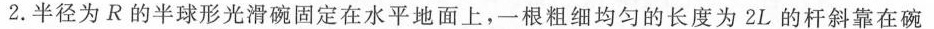
2.半径为R的半球形光滑碗固定在水平地面上，一根粗细均匀的长度为2L的杆斜靠在碗